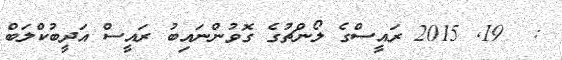
:  19